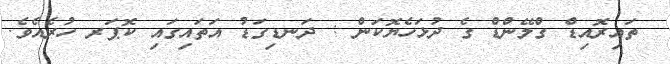
ތައިރޮއިޑް ގްލޭންޑް ގެ ދުޅަހެޔޮކަން : ދަނޑިގަޑު އަތައިގައި ކޮޕަރ ހުރެއެވެ.